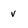
Character: v